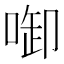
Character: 啣